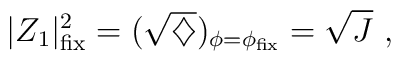
|Z_1|^2_{\rm fix} =( \sqrt {\diamondsuit}) _{\phi = \phi _{\rm fix}} =\sqrt {J} \ ,